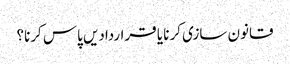
قانون سازی کرنا یا قراردادیں پاس کرنا؟